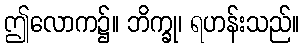
ဤလောက၌။ ဘိက္ခု၊ ရဟန်းသည်။